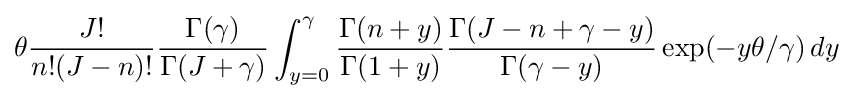
\theta {\frac {J!}{n!(J-n)!}}{\frac {\Gamma (\gamma )}{\Gamma (J+\gamma )}}\int _{y=0}^{\gamma }{\frac {\Gamma (n+y)}{\Gamma (1+y)}}{\frac {\Gamma (J-n+\gamma -y)}{\Gamma (\gamma -y)}}\exp(-y\theta /\gamma )\,dy